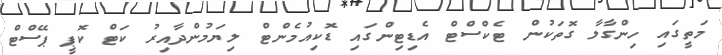
މަތީގައި ހިންގާލާ ގޮތަކުން ޓެކްސްޓް އެޑިޓިންގައި ޑޮކިއުމެންޓް ލިޔަމުންދާއިރު ކަޓް ކޮޕީ ޕޭސްޓް